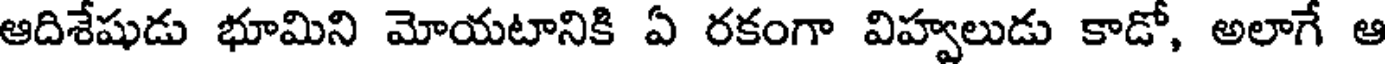
ఆదిశేషుడు భూమిని మోయటానికి ఏ రకంగా విహ్వలుడు కాడో, అలాగే ఆ